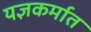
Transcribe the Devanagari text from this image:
यज्ञकर्मात